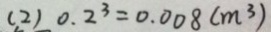
( 2 ) 0 . 2 ^ { 3 } = 0 . 0 0 8 ( m ^ { 3 } )